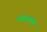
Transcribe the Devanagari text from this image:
पदयप्पोर्